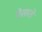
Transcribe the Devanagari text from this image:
पेसारो